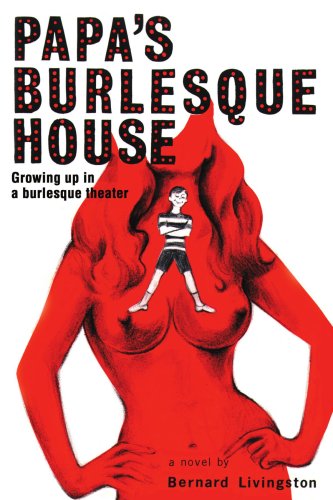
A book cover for Papa's Burlesque House: Growing Up in a Burlesque Theater; Beverly Solomon; Romance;